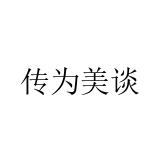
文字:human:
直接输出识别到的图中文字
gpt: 传为美谈